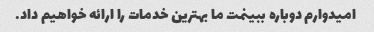
امیدوارم دوباره ببینمت ما بهترین خدمات را ارائه خواهیم داد.